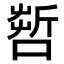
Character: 𠺤